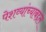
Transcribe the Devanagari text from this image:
पेशव्यांच्याबद्दल